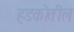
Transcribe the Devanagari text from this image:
हडकोतील